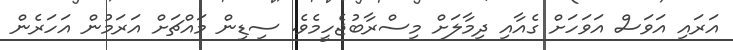
އަރައި އަވަސް އަވަހަށް ގެއާއި ދިމާލަށް މިސްރާބުޖެހީމެވެ. ސިޑިން މައްޗަށް އަރަމުން އަހަރެން